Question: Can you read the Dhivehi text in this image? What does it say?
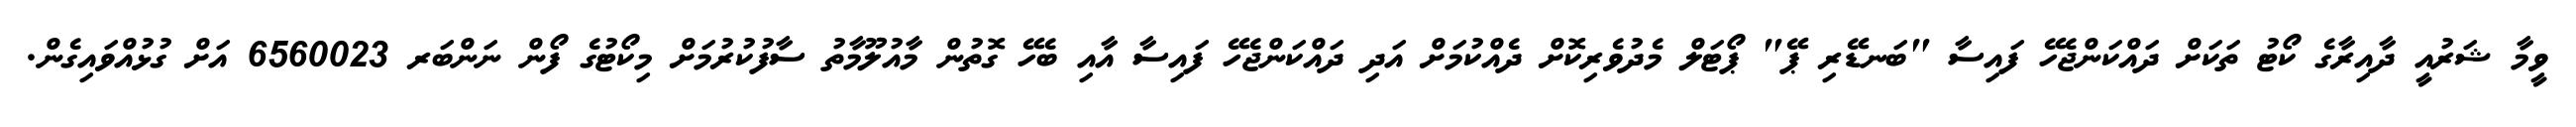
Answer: ވީމާ ޝަރުއީ ދާއިރާގެ ކޯޓު ތަކަށް ދައްކަންޖެހޭ ފައިސާ "ބަނޑޭރި ޕޭ" ޕޯޓަލް މެދުވެރިކޮށް ދެއްކުމަށް އަދި ދައްކަންޖެހޭ ފައިސާ އާއި ބެހޭ ގޮތުން މާއުލޫމާތު ސާފުކުރުމަށް މިކޯޓުގެ ފޯން ނަންބަރ 6560023 އަށް ގުޅުއްވައިގެން.